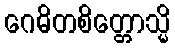
ဂေဓိတစိတ္တောသ္မိ